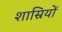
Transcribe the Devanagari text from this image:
शास्रियों